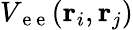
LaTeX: V_{\mathrm{~e~e~}}(\mathbf r_{i},\mathbf r_{j})